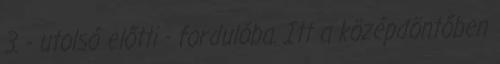
3. - utolsó előtti - fordulóba. Itt a középdöntőben